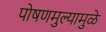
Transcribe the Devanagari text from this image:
पोषणमुल्यामुळे